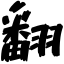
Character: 翻